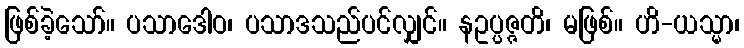
ဖြစ်ခဲ့သော်။ ပသာဒေါဝ၊ ပသာဒသည်ပင်လျှင်။ နဥပ္ပဇ္ဇတိ၊ မဖြစ်။ ဟိ-ယသ္မာ၊